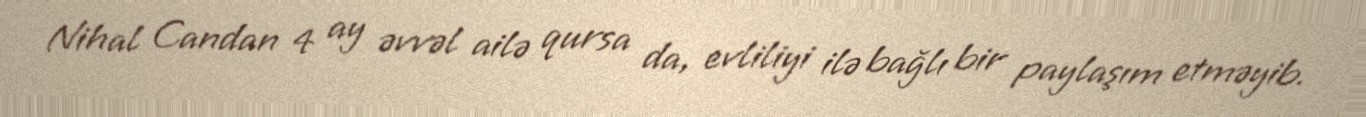
Nihal Candan 4 ay əvvəl ailə qursa da, evliliyi ilə bağlı bir paylaşım etməyib.